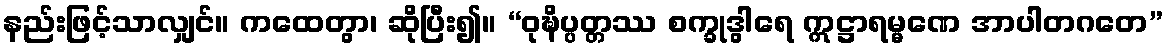
နည်းဖြင့်သာလျှင်။ ကထေတွာ၊ ဆိုပြီး၍။ “ဝုဍ္ဎိပ္ပတ္တဿ စက္ခုဒွါရေ ဣဋ္ဌာရမ္မဏေ အာပါတဂတေ”